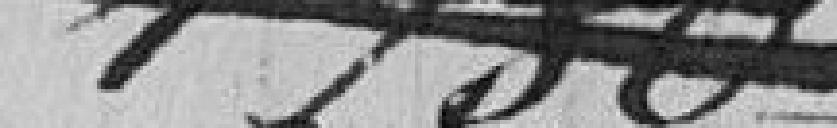
6576-15.